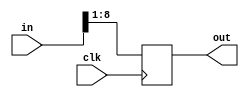
module shiftRegister(out, in, clk);

output reg [7:0] out;
input [8:0] in;
input clk;

always @(negedge clk)
begin
	out = in >> 1;
end

endmodule